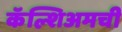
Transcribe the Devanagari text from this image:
कॅल्शिअमची